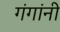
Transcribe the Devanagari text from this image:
गंगांनी